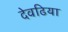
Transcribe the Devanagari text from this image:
देवढिया